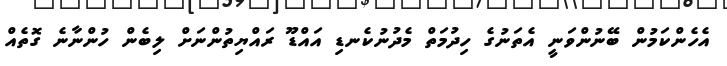
އެހެންކަމުން ބޭނުންވަނީ އެތަނުގެ ހިދުމަތް މެދުނުކެނޑި އައްޑޫ ރައްޔިތުންނަށް ލިބެން ހުންނާނެ ގޮތެއް